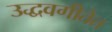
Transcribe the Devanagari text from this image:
उद्धवगीतेत